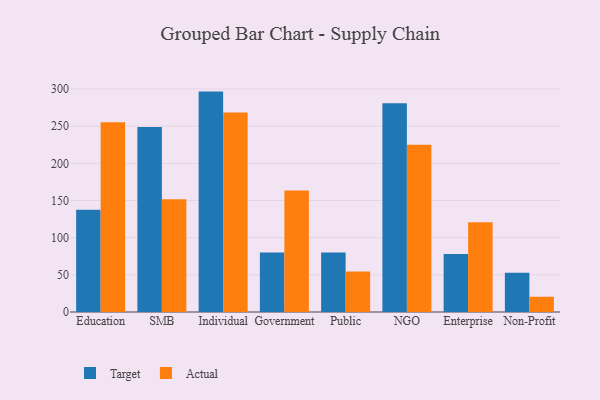
{"axis": {"x": "Segment", "y": "Gross Profit (USD K)"}, "legend": ["Actual", "Target"], "data": [{"x": "Education", "y": 137.6, "type": "Target"}, {"x": "Education", "y": 255.2, "type": "Actual"}, {"x": "SMB", "y": 248.8, "type": "Target"}, {"x": "SMB", "y": 151.8, "type": "Actual"}, {"x": "Individual", "y": 296.5, "type": "Target"}, {"x": "Individual", "y": 268.5, "type": "Actual"}, {"x": "Government", "y": 80.0, "type": "Target"}, {"x": "Government", "y": 163.3, "type": "Actual"}, {"x": "Public", "y": 80.1, "type": "Target"}, {"x": "Public", "y": 54.6, "type": "Actual"}, {"x": "NGO", "y": 280.9, "type": "Target"}, {"x": "NGO", "y": 224.9, "type": "Actual"}, {"x": "Enterprise", "y": 77.9, "type": "Target"}, {"x": "Enterprise", "y": 120.9, "type": "Actual"}, {"x": "Non-Profit", "y": 52.7, "type": "Target"}, {"x": "Non-Profit", "y": 20.5, "type": "Actual"}]}